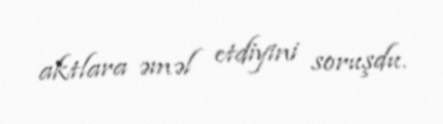
aktlara əməl etdiyini soruşdu.